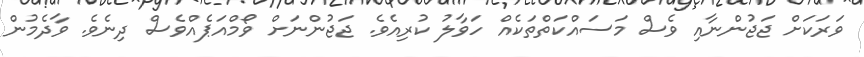
ވަރަކަށް ޖަޖުންނާއި ވެސް މަސައްކަތްތަކެއް ހަވާލު ކުރިއެވެ. ޖަޖުންނަށް ވޯމްއަޕެއްވެސް ދިނެވެ. ވާދެމުން